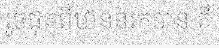
រួចផុតពីឋាននរកបាន គឺ